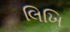
લિખિ